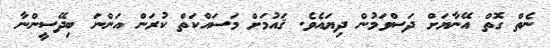
ނެތް ގޮތް އޭނާޔަށް ދަސްވަމުން ދިޔައެވެ. ޤައުމަށް މަސައްކަތް ކުރަން އަންނަ ބިދޭސީންނާ